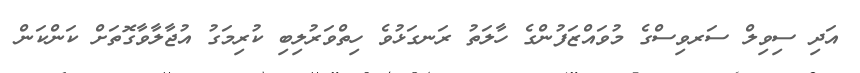
އަދި ސިވިލް ސަރވިސްގެ މުވައްޒަފުންގެ ހާލަތު ރަނގަޅުވެ ހިތްވަރުލިބި ކުރިމަގު އުޖާލާވާގޮތަށް ކަންކަން